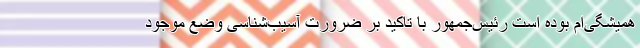
همیشگی‌ام بوده است رئیس‌جمهور با تاکید بر ضرورت آسیب‌شناسی وضع موجود